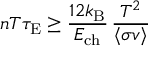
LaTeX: n T \tau _ { \mathrm { { E } } } \geq { \frac { 1 2 k _ { \mathrm { { B } } } } { E _ { \mathrm { { c h } } } } } \, { \frac { T ^ { 2 } } { \langle \sigma v \rangle } }